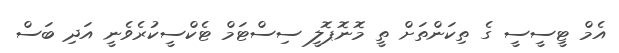
އެމް ޓީސީސީ ގެ ތިކަންތަށް ތީ މޮނޮޕޮލީ ސިސްޓަމް ޓެކްސީކުރެވެނީ އަދި ބަސް